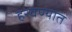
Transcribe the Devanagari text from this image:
हरवण्यात